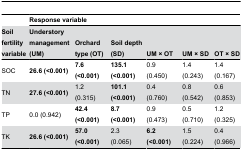
<table><thead><tr><td></td><td colspan="6"><b>Response variable</b></td></tr><tr><td><b>Soil fertility variable</b></td><td><b>Understory management (UM)</b></td><td><b>Orchard type (OT)</b></td><td><b>Soil depth (SD)</b></td><td><b>UM × OT</b></td><td><b>UM × SD</b></td><td><b>OT × SD</b></td></tr></thead><tbody><tr><td>SOC</td><td><b>26.6 (&lt;0.001)</b></td><td><b>7.6 (&lt;0.001)</b></td><td><b>135.1 (&lt;0.001)</b></td><td>0.9 (0.450)</td><td>1.4 (0.243)</td><td>1.4 (0.167)</td></tr><tr><td>TN</td><td><b>27.6 (&lt;0.001)</b></td><td>1.2 (0.315)</td><td><b>101.1 (&lt;0.001)</b></td><td>0.4 (0.760)</td><td>0.8 (0.542)</td><td>0.6 (0.853)</td></tr><tr><td>TP</td><td>0.0 (0.942)</td><td><b>42.4 (&lt;0.001)</b></td><td><b>8.7 (&lt;0.001)</b></td><td>0.9 (0.473)</td><td>0.5 (0.710)</td><td>1.2 (0.325)</td></tr><tr><td>TK</td><td><b>26.6 (&lt;0.001)</b></td><td><b>57.0 (&lt;0.001)</b></td><td>2.3 (0.065)</td><td><b>6.2 (&lt;0.001)</b></td><td>1.5 (0.224)</td><td>0.4 (0.966)</td></tr></tbody></table>